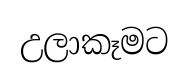
උලාකෑමට